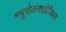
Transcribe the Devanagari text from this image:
नयूरोअनातोमिकल